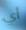
أي